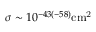
\sigma \sim 1 0 ^ { - 4 3 ( - 5 8 ) } \mathrm { { c m } ^ { 2 } }